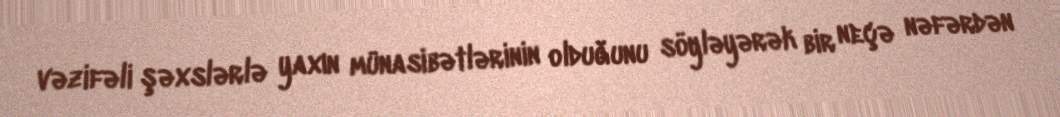
vəzifəli şəxslərlə yaxın münasibətlərinin olduğunu söyləyərək bir neçə nəfərdən